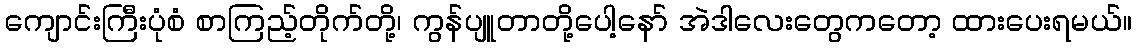
ကျောင်းကြီးပုံစံ စာကြည့်တိုက်တို့၊ ကွန်ပျူတာတို့ပေါ့နော် အဲဒါလေးတွေကတော့ ထားပေးရမယ်။